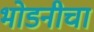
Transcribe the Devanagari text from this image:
भोडनीचा